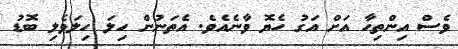
ވެސް އިންތިހާ އަށް އަގު ހެޔޮ ވާނެއެވެ. އެތަނުން ހިލަ ހިލަވެލި ބޮޑު